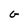
Character: G